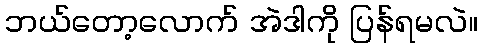
ဘယ်တော့လောက် အဲဒါကို ပြန်ရမလဲ။